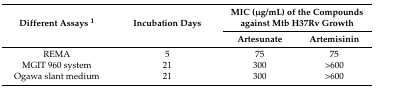
<table><thead><tr><td rowspan="2"><b>Different Assays <sup>1</sup></b></td><td rowspan="2"><b>Incubation Days</b></td><td colspan="2"><b>MIC (μg/mL) of the Compounds against Mtb H37Rv Growth</b></td></tr><tr><td><b>Artesunate</b></td><td><b>Artemisinin</b></td></tr></thead><tbody><tr><td>REMA</td><td>5</td><td>75</td><td>75</td></tr><tr><td>MGIT 960 system</td><td>21</td><td>300</td><td>&gt;600</td></tr><tr><td>Ogawa slant medium</td><td>21</td><td>300</td><td>&gt;600</td></tr></tbody></table>